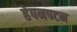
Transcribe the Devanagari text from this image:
हेपनपटन